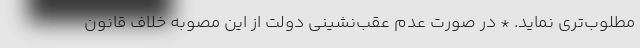
مطلوب‌تری نماید. * در صورت عدم عقب‌نشینی دولت از این مصوبه خلاف قانون